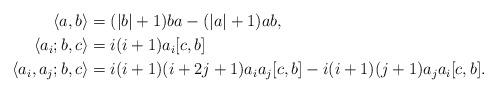
LaTeX: \begin{align*}\langle a, b \rangle &= (\vert b \vert + 1) ba - (\vert a \vert + 1) ab,\\\langle a_{i}; b,c \rangle &= i(i+1) a_i[c,b] \\\langle a_i, a_j ; b,c \rangle &= i(i+1)(i+2j+1) a_ia_j[c,b] - i(i+1)(j+1) a_ja_i[c,b].\end{align*}